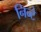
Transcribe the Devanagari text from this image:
निन्टे